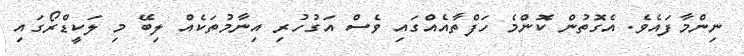
ނިންމާފައެވެ. އެގޮތުން ކޮންމެ ހަފްތާއެއްގައި ވެސް އަގުހުރި އިނާމުތަކެއް ލިބޭ މި ލަކީޑްރޯގައި